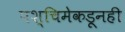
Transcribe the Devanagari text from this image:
पश्चिमेकडूनही